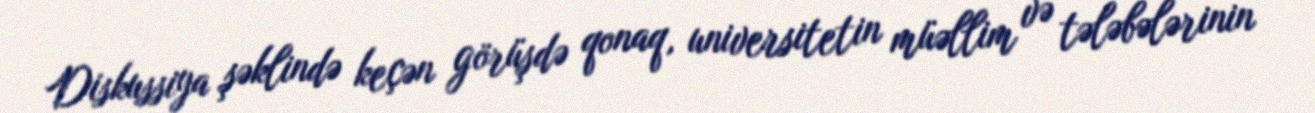
Diskussiya şəklində keçən görüşdə qonaq, universitetin müəllim və tələbələrinin